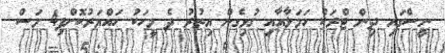
ނީސްގައި ދިން ޓްރަކް ހަމަލާއާއި ގުޅިގެން އިތުރު ދެ މީހަކު ހައްޔަރުކޮށްފި4 މަސް